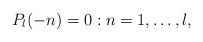
\begin{align*} P_l(-n)=0:n=1,\ldots,l,\end{align*}